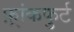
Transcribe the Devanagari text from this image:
फ़्रांकफुर्ट